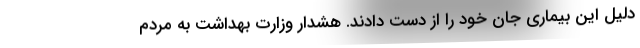
دلیل این بیماری جان خود را از دست دادند. هشدار وزارت بهداشت به مردم